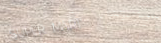
SUPER MART